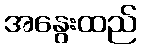
အနွေးထည်